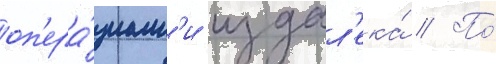
оп'ера́циам'и издал'ека́ // По́